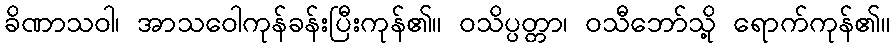
ခိဏာသဝါ၊ အာသဝေါကုန်ခန်းပြီးကုန်၏။ ဝသိပ္ပတ္တာ၊ ဝသီဘော်သို့ ရောက်ကုန်၏။